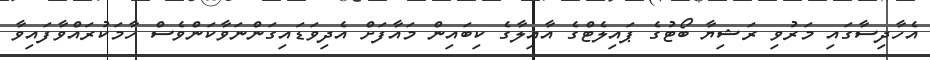
އެހާދިސާގައި މަރުވި ރަޝިޔާ ބޯޓުގެ ޕައިލެޓްގެ އާއިލާގެ ކިބައިން މައާފަށް އެދިވަޑައިގަންނަވާކަންވެސް ހާމަކުރައްވާފައިވާ